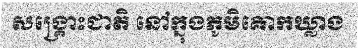
សង្គ្រោះជាតិ នៅក្នុងភូមិគោកឃ្លាង